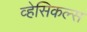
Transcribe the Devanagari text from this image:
व्हेसिकल्स